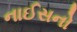
નાઈસનો